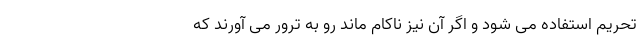
تحریم استفاده می شود و اگر آن نیز ناکام ماند رو به ترور می آورند که